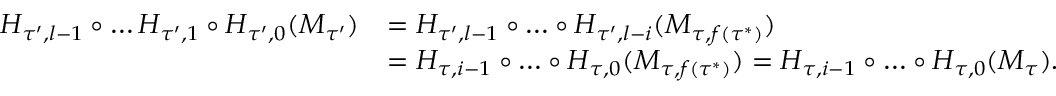
\begin{array} { r l } { H _ { \tau ^ { \prime } , l - 1 } \circ \dots H _ { \tau ^ { \prime } , 1 } \circ H _ { \tau ^ { \prime } , 0 } ( M _ { \tau ^ { \prime } } ) } & { = H _ { \tau ^ { \prime } , l - 1 } \circ \dots \circ H _ { \tau ^ { \prime } , l - i } ( M _ { \tau , f ( \tau ^ { * } ) } ) } \\ & { = H _ { \tau , i - 1 } \circ \dots \circ H _ { \tau , 0 } ( M _ { \tau , f ( \tau ^ { * } ) } ) = H _ { \tau , i - 1 } \circ \dots \circ H _ { \tau , 0 } ( M _ { \tau } ) . } \end{array}